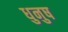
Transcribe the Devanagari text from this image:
धुनुष